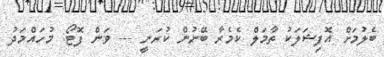
ބެލުމަށް އޮފިޝަލަކު ތާމަލް ކެމެރާ ބޭނުން ކުރަނީ --- ވަން ފޮޓޯ: މުހައްމަދު